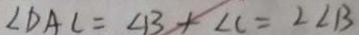
\angle D A C = \angle B + \angle C = 2 \angle B